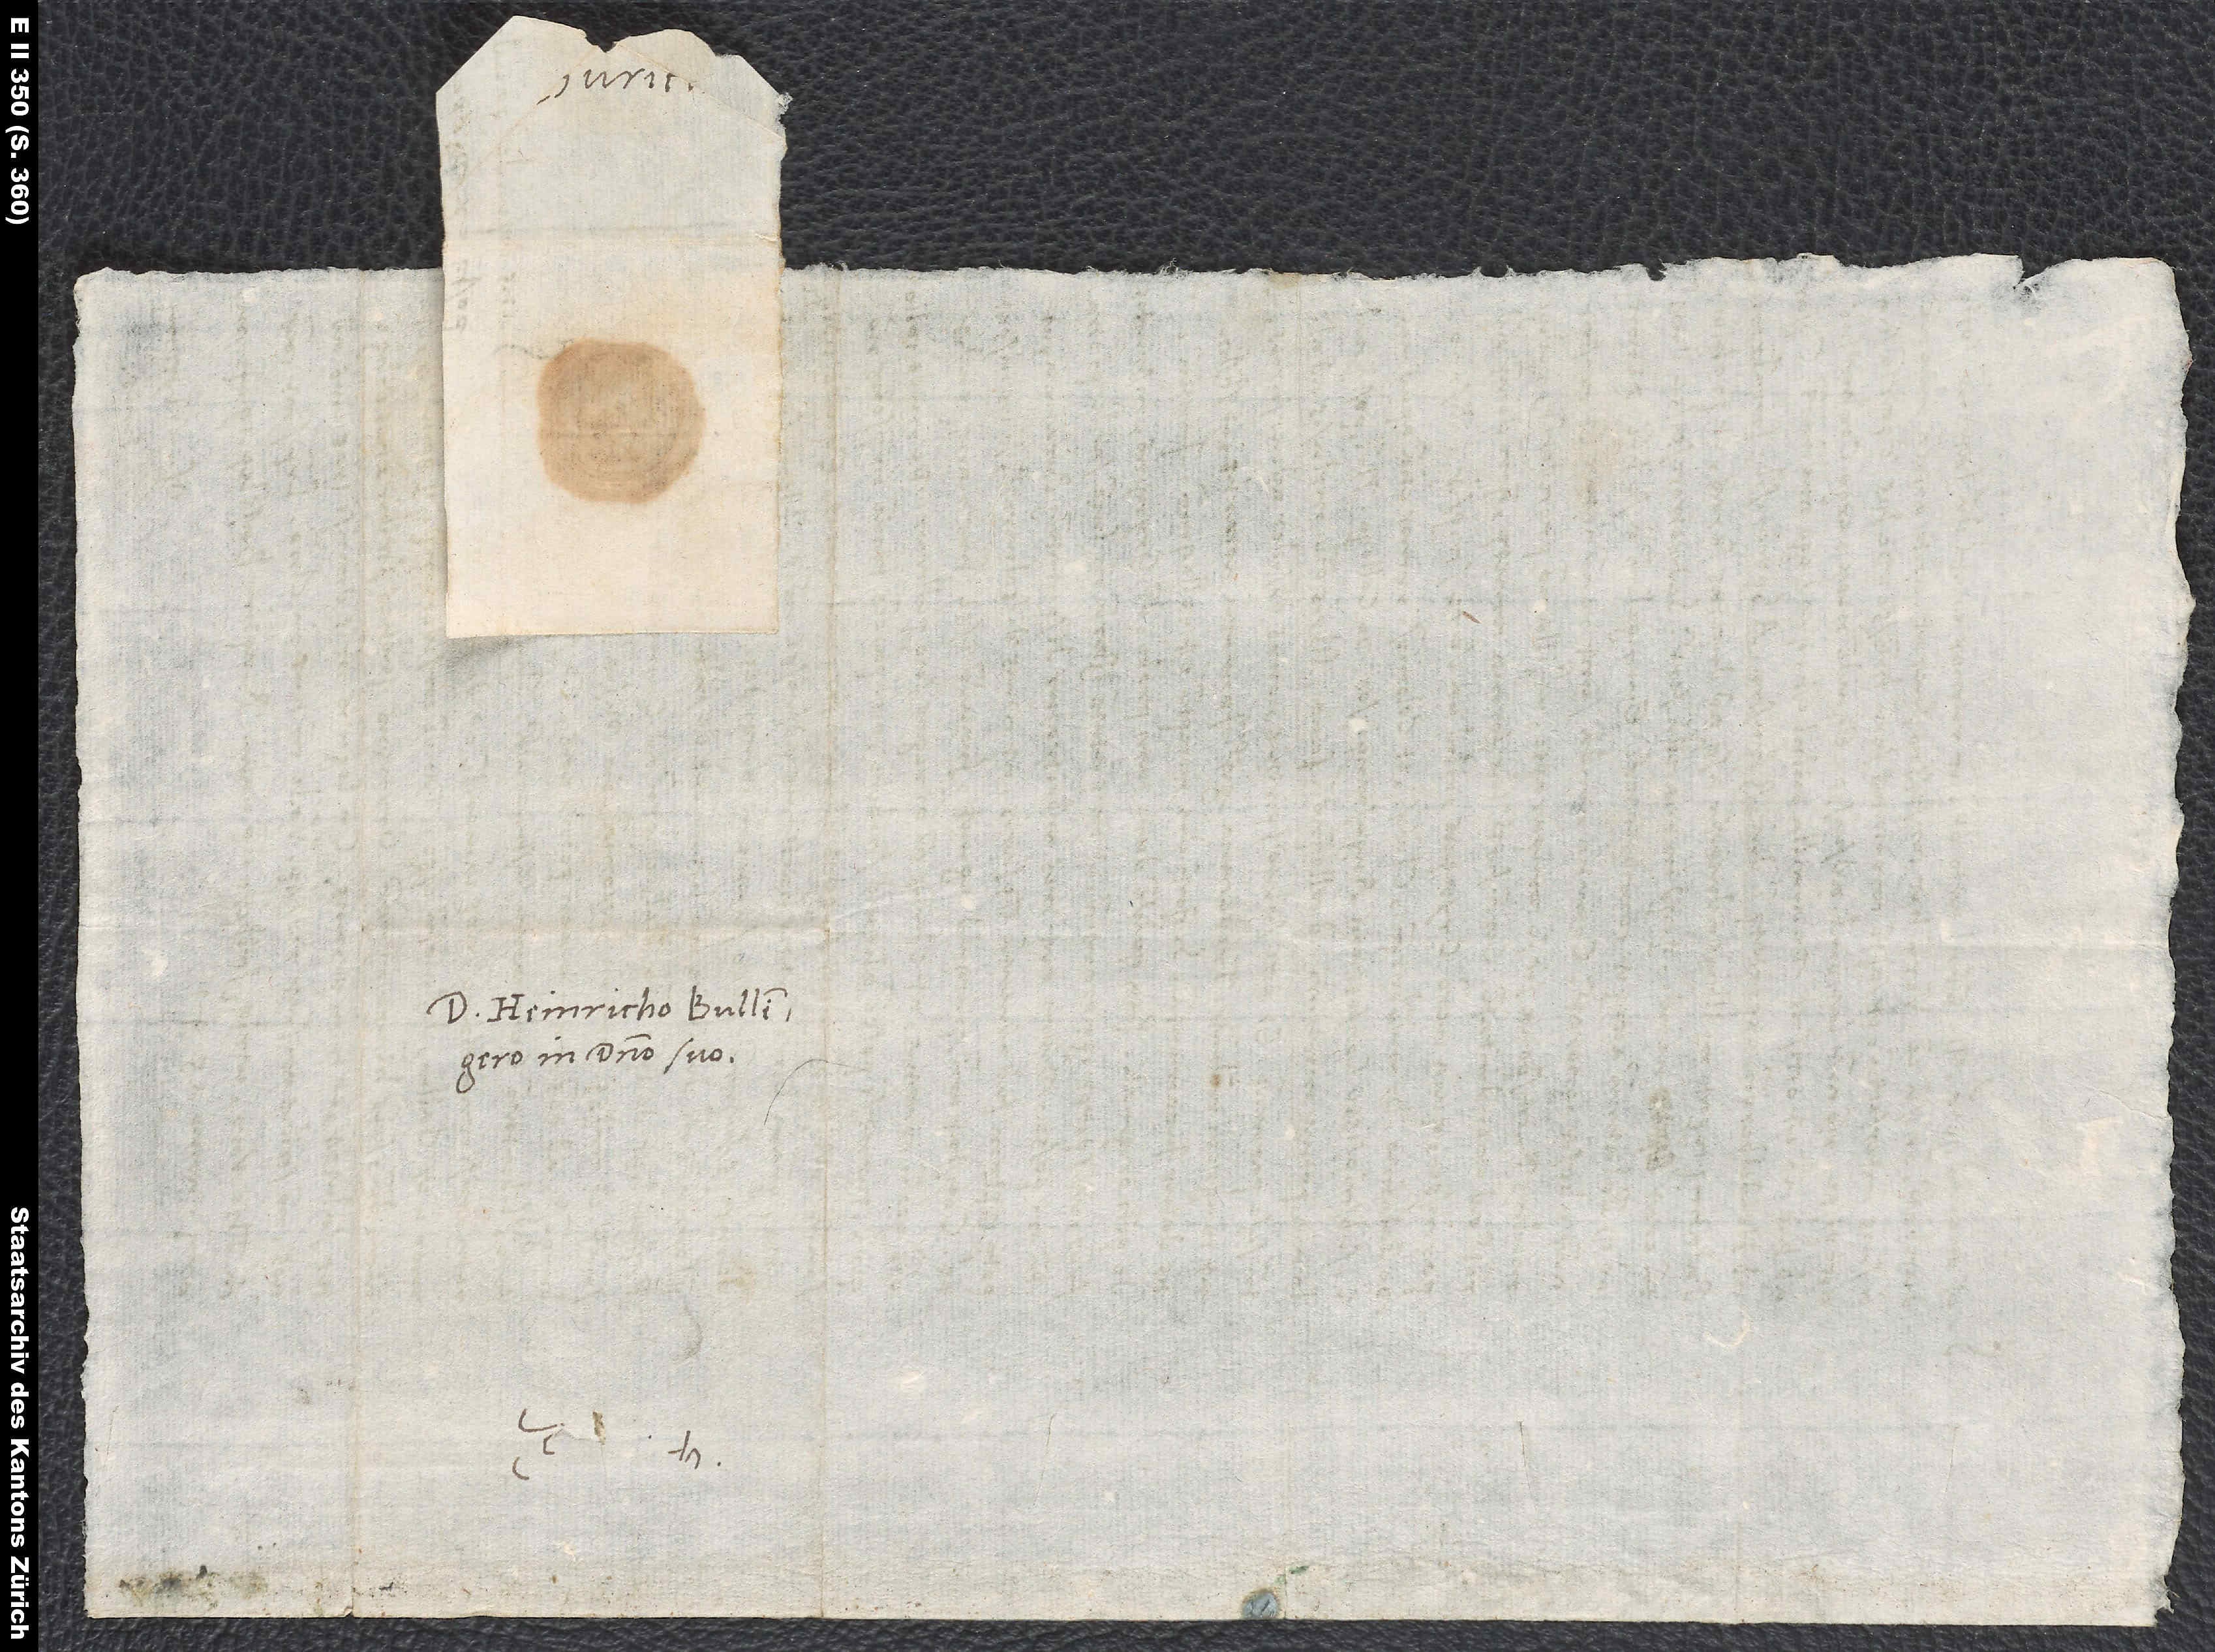
Zurich.
Domino Heinricho Bullingero,
in domino suo.